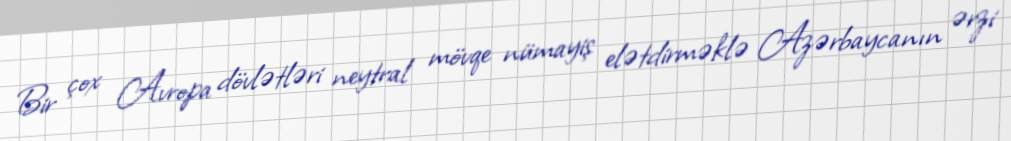
Bir çox Avropa dövlətləri neytral mövqe nümayiş elətdirməklə Azərbaycanın ərzi